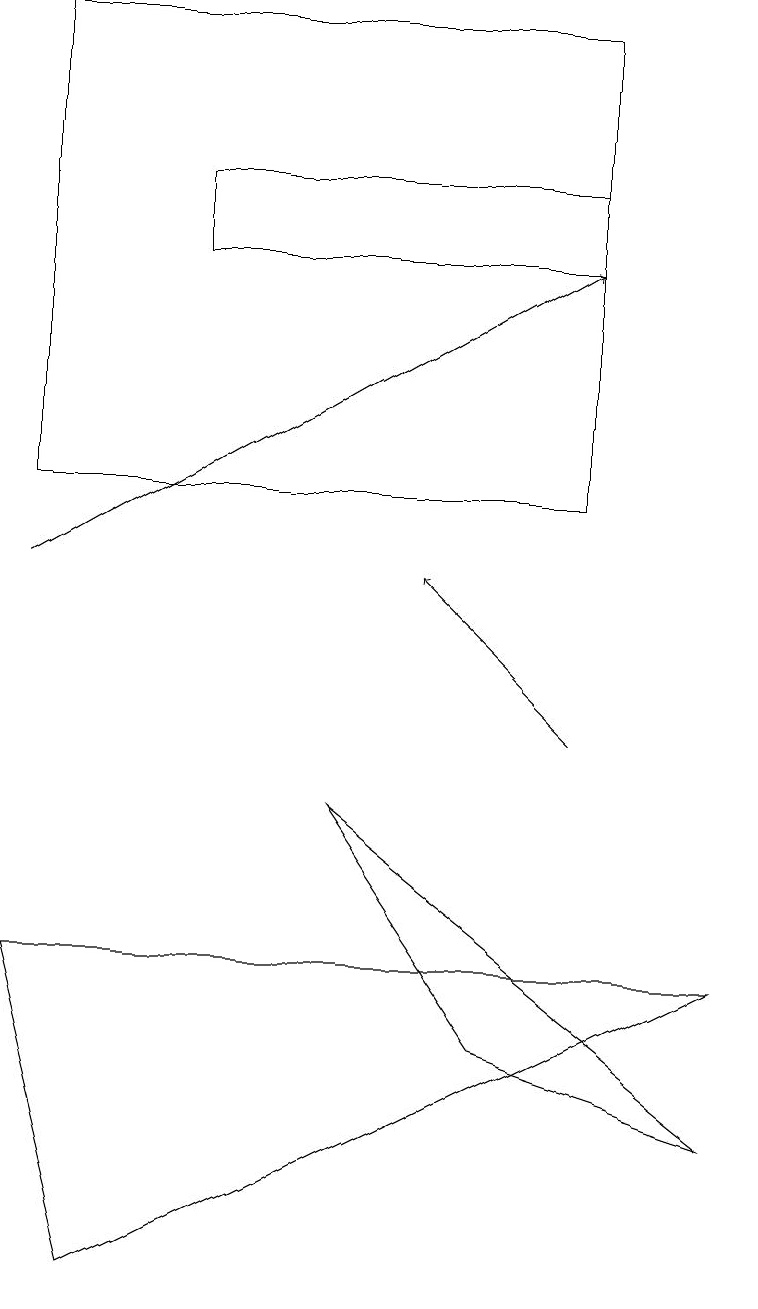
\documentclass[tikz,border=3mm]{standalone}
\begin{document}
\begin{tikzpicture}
\draw[->] (0,12) -- (7,16);
\draw (2,16) rectangle (7,17);
\draw (7,13) rectangle (0,19);
\draw (4,9) -- (9,5) -- (6,6) -- cycle;
\draw (0,7) -- (9,7) -- (1,3) -- cycle;
\draw[->] (7,10) -- (5,12);
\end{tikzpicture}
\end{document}